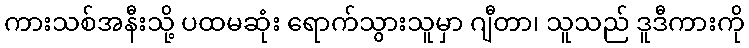
ကားသစ်အနီးသို့ ပထမဆုံး ရောက်သွားသူမှာ ဂျီတာ၊ သူသည် ဒူဒီကားကို